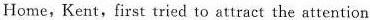
Home, Kent, first tried to attract the attention